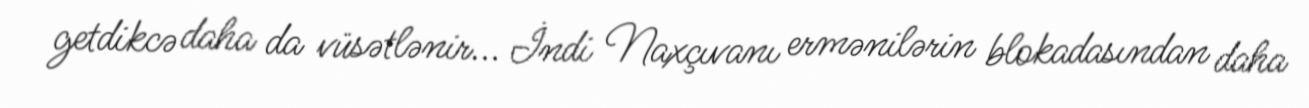
getdikcə daha da vüsətlənir... İndi Naxçıvanı ermənilərin blokadasından daha